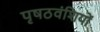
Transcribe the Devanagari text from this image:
पृषठवंशियों